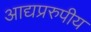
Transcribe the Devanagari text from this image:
आद्यप्ररुपीय